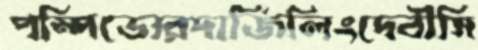
পম্পিডোরদার্জিলিংদেবীসি